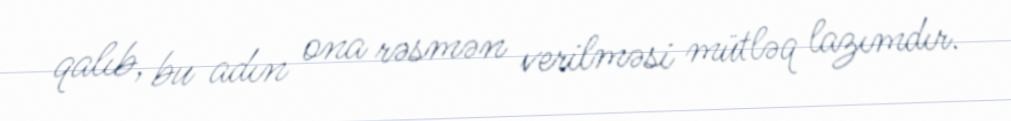
qalıb, bu adın ona rəsmən verilməsi mütləq lazımdır.